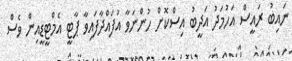
ނައިބު ރައީސް އަހުމަދު އަދީބު އިސްކޮށް ހުންނަވާ އުފައްދާފައިވާ ޕާޓީ އެމްޓީޑީއިން ވެސް